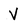
Character: V